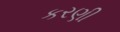
કરણી